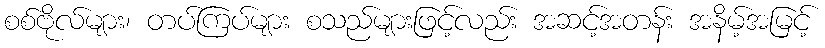
စစ်ဗိုလ်များ၊ တပ်ကြပ်များ စသည်များဖြင့်လည်း အဆင့်အတန်း အနိမ့်အမြင့်